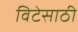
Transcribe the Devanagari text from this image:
विटेसाठी